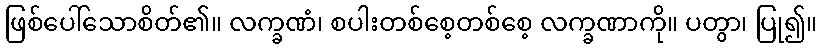
ဖြစ်ပေါ်သောစိတ်၏။ လက္ခဏံ၊ စပါးတစ်စေ့တစ်စေ့ လက္ခဏာကို။ ပတွာ၊ ပြု၍။